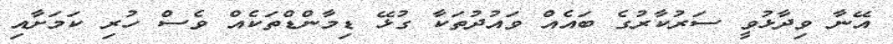
އޭނާ ވިދާޅުވީ ސަރުކާރުގެ ބައެއް ވައުދުތަކާ ގުޅޭ ޑިމާންޑްތަކެއް ވެސް ހުރި ކަމަށާއި